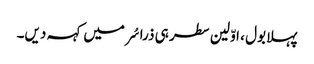
پہلا بول ، اوّلین سطر ہی ذرا سُر میں کہہ دیں۔